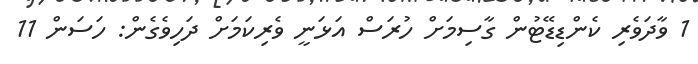
1 ވާދަވެރި ކެންޑިޑޭޓުން ގާސިމަށް ހުރަސް އަޅަނީ ވެރިކަމަށް ދަހިވެގެން: ހަސަން 11